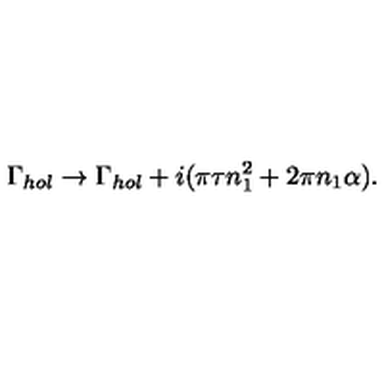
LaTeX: \Gamma _ { h o l } \to \Gamma _ { h o l } + i ( \pi \tau n _ { 1 } ^ { 2 } + 2 \pi n _ { 1 } \alpha ) .